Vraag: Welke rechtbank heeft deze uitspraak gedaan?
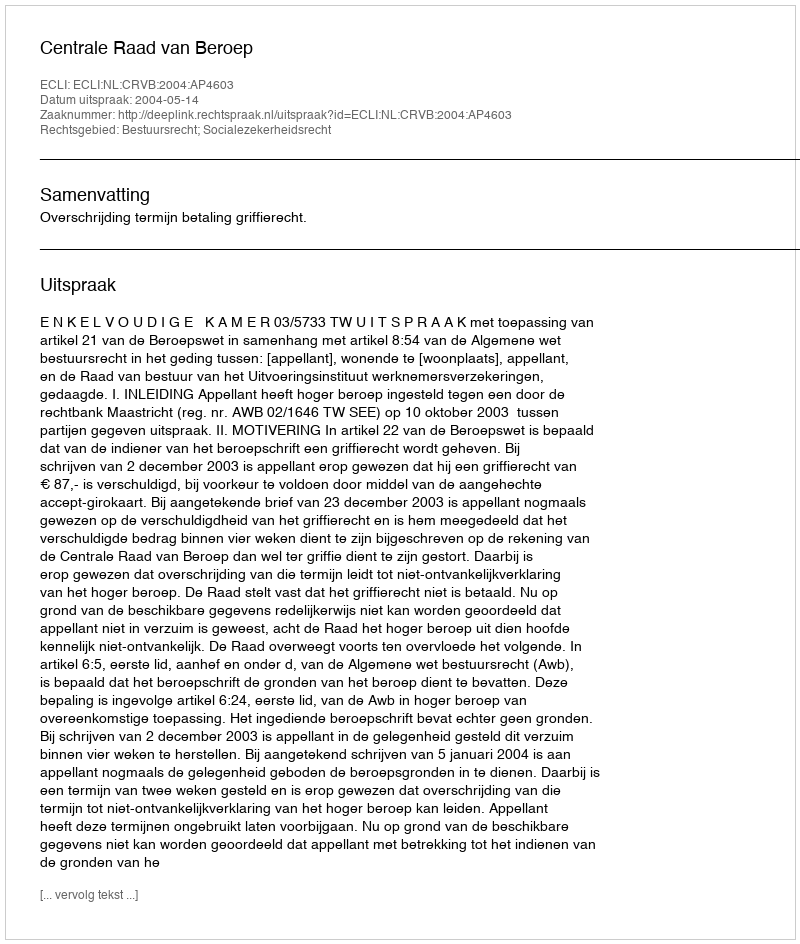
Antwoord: Centrale Raad van Beroep